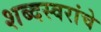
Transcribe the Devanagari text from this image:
शब्दस्वरांचे